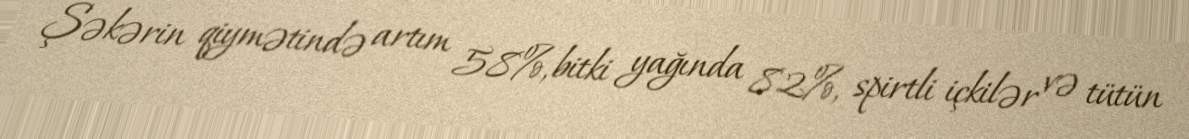
Şəkərin qiymətində artım 58%, bitki yağında 82%, spirtli içkilər və tütün